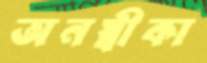
অনস্বীকা